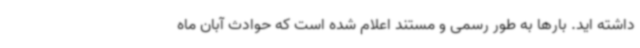
داشته اید. بارها به طور رسمی و مستند اعلام شده است که حوادث آبان ماه